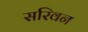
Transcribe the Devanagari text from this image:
सरिवन